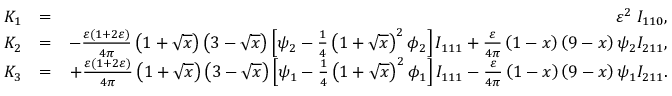
\begin{array} { r l r } { K _ { 1 } } & { = } & { \varepsilon ^ { 2 } \; I _ { 1 1 0 } , } \\ { K _ { 2 } } & { = } & { - \frac { \varepsilon \left( 1 + 2 \varepsilon \right) } { 4 \pi } \left( 1 + \sqrt { x } \right) \left( 3 - \sqrt { x } \right) \left[ \psi _ { 2 } - \frac { 1 } { 4 } \left( 1 + \sqrt { x } \right) ^ { 2 } \phi _ { 2 } \right] I _ { 1 1 1 } + \frac { \varepsilon } { 4 \pi } \left( 1 - x \right) \left( 9 - x \right) \psi _ { 2 } I _ { 2 1 1 } , } \\ { K _ { 3 } } & { = } & { + \frac { \varepsilon \left( 1 + 2 \varepsilon \right) } { 4 \pi } \left( 1 + \sqrt { x } \right) \left( 3 - \sqrt { x } \right) \left[ \psi _ { 1 } - \frac { 1 } { 4 } \left( 1 + \sqrt { x } \right) ^ { 2 } \phi _ { 1 } \right] I _ { 1 1 1 } - \frac { \varepsilon } { 4 \pi } \left( 1 - x \right) \left( 9 - x \right) \psi _ { 1 } I _ { 2 1 1 } . } \end{array}